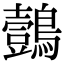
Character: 鷧